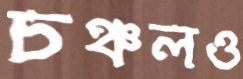
চঞ্চলও